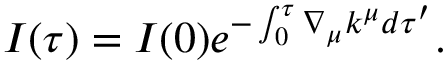
I ( \tau ) = I ( 0 ) e ^ { - \int _ { 0 } ^ { \tau } \nabla _ { \mu } k ^ { \mu } d \tau ^ { \prime } } .